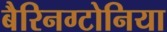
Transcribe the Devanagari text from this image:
बैरिनग्टोनिया